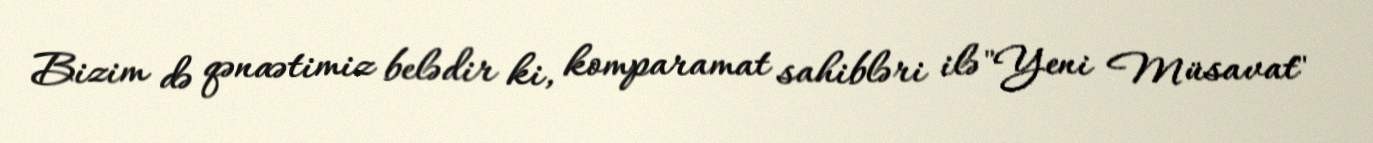
Bizim də qənaətimiz belədir ki, komparamat sahibləri ilə "Yeni Müsavat"